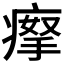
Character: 𤸻